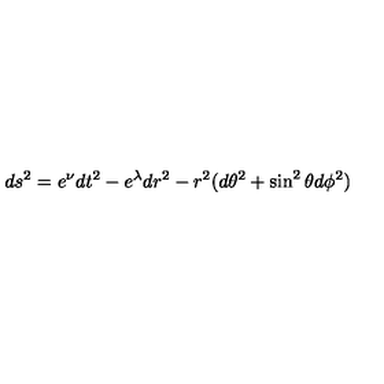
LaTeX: d s ^ { 2 } = e ^ { \nu } d t ^ { 2 } - e ^ { \lambda } d r ^ { 2 } - r ^ { 2 } ( d \theta ^ { 2 } + \sin ^ { 2 } \theta d \phi ^ { 2 } )